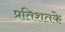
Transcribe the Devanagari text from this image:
प्रतिशतके